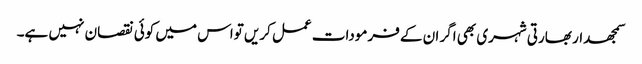
سمجھدار بھارتی شہری بھی اگر ان کے فرمودات عمل کریں تواس میں کوئی نقصان نہیں ہے۔